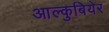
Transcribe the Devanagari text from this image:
आल्कुबियेर